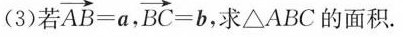
(3)若 $$\overrightarrow{AB}=a$$ $$\overrightarrow{BC}=b$$ 求△ABC的面积。